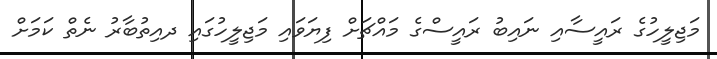
މަޖިލީހުގެ ރައީސާއި ނައިބު ރައީސްގެ މައްޗަށް ފިޔަވައި މަޖިލީހުގައި ދއިތުބާރު ނެތް ކަމަށް